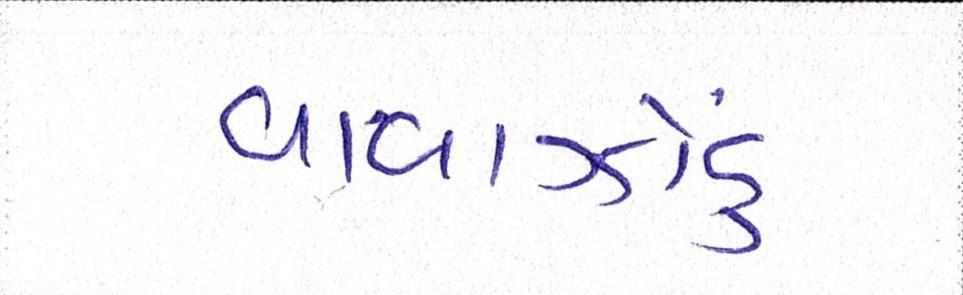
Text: વાવાઝોડું